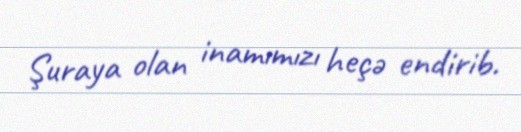
Şuraya olan inamımızı heçə endirib.